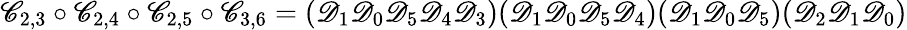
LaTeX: \mathscr C_{2,3}\circ\mathscr C_{2,4}\circ\mathscr C_{2,5}\circ\mathscr C_{3,6}=(\mathscr D_{1}\mathscr D_{0}\mathscr D_{5}\mathscr D_{4}\mathscr D_{3})(\mathscr D_{1}\mathscr D_{0}\mathscr D_{5}\mathscr D_{4})(\mathscr D_{1}\mathscr D_{0}\mathscr D_{5})(\mathscr D_{2}\mathscr D_{1}\mathscr D_{0})